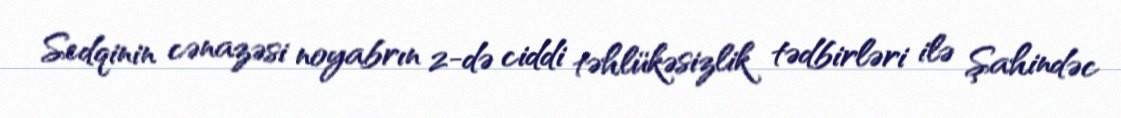
Sedqinin cənazəsi noyabrın 2-də ciddi təhlükəsizlik tədbirləri ilə Şahindəc